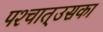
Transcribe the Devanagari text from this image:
पश्‍चात्‌उसका